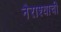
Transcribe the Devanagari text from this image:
नैराश्याची